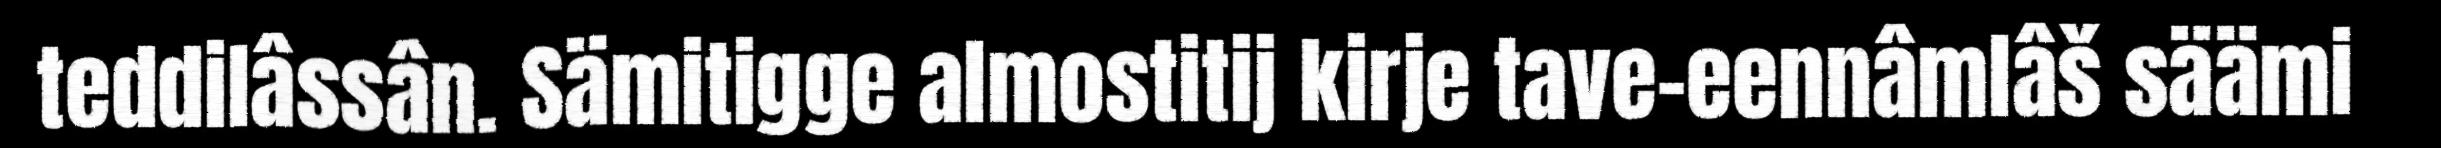
teddilâssân. Sämitigge almostitij kirje tave-eennâmlâš säämi